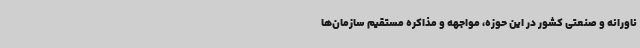
ناورانه و صنعتی کشور در این حوزه، مواجهه و مذاکره مستقیم سازمان‌ها